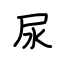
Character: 尿